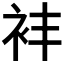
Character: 𬡈